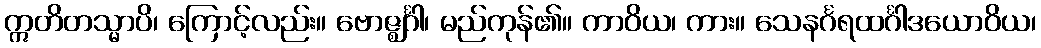
ဣတိတသ္မာပိ၊ ကြောင့်လည်း။ ဗောဇ္ဈင်္ဂါ၊ မည်ကုန်၏။ ကာဝိယ၊ ကား။ သေနင်္ဂရထင်္ဂါဒယောဝိယ၊